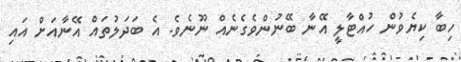
ހިބާ ކިޔެވުން ހުއްޓާލީ އޭނާ ބޭނުންވެގެނެއް ނޫނެވެ. އެ ބަދަލުތައް އޭނާއަށް އައި